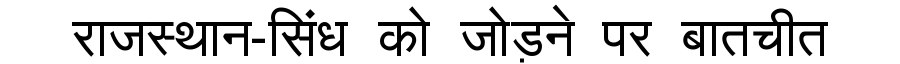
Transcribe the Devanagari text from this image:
राजस्थान-सिंध को जोड़ने पर बातचीत